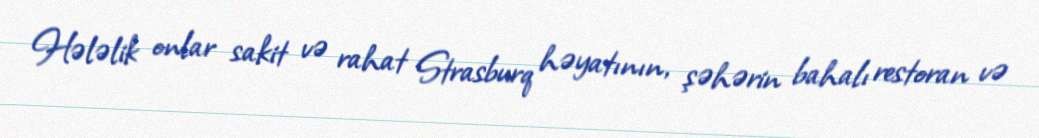
Hələlik onlar sakit və rahat Strasburq həyatının, şəhərin bahalı restoran və